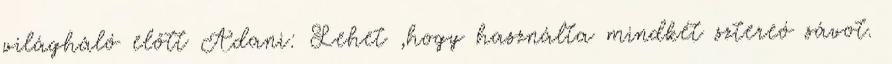
világháló előtt Adani: Lehet ,hogy használta mindkét sztereó sávot.